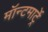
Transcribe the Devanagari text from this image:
मॉन्टमार्ट्रे